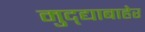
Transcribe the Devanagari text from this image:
मुद्द्याबाहेर